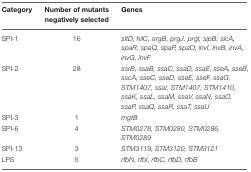
<table><thead><tr><td><b>Category</b></td><td><b>Number of mutants negatively selected</b></td><td><b>Genes</b></td></tr></thead><tbody><tr><td>SPI-1</td><td>16</td><td><i>sitD, hilC, orgB, prgJ, prgI, sipB, sicA, spaR, spaQ, spaP, spaO, invI, invB, invA, invG, invF</i></td></tr><tr><td>SPI-2</td><td>28</td><td><i>ssrB, ssaB, ssaC, ssaD, ssaE, sseA, sseB, sscA, sseC, sseD, sseE, sseF, ssaG, STM1407, ssaI, STM1407, STM1410, ssaK, ssaL, ssaM, ssaV, ssaN, ssaO, ssaP, ssaQ, ssaR, ssaT, ssaU</i></td></tr><tr><td>SPI-3</td><td>1</td><td><i>mgtB</i></td></tr><tr><td>SPI-6</td><td>4</td><td><i>STM0278, STM0280, STM0286, STM0289</i></td></tr><tr><td>SPI-13</td><td>3</td><td><i>STM3119, STM3120, STM3121</i></td></tr><tr><td>LPS</td><td>5</td><td><i>rfbN, rfbI, rfbC, rfbD, rfbB</i></td></tr></tbody></table>